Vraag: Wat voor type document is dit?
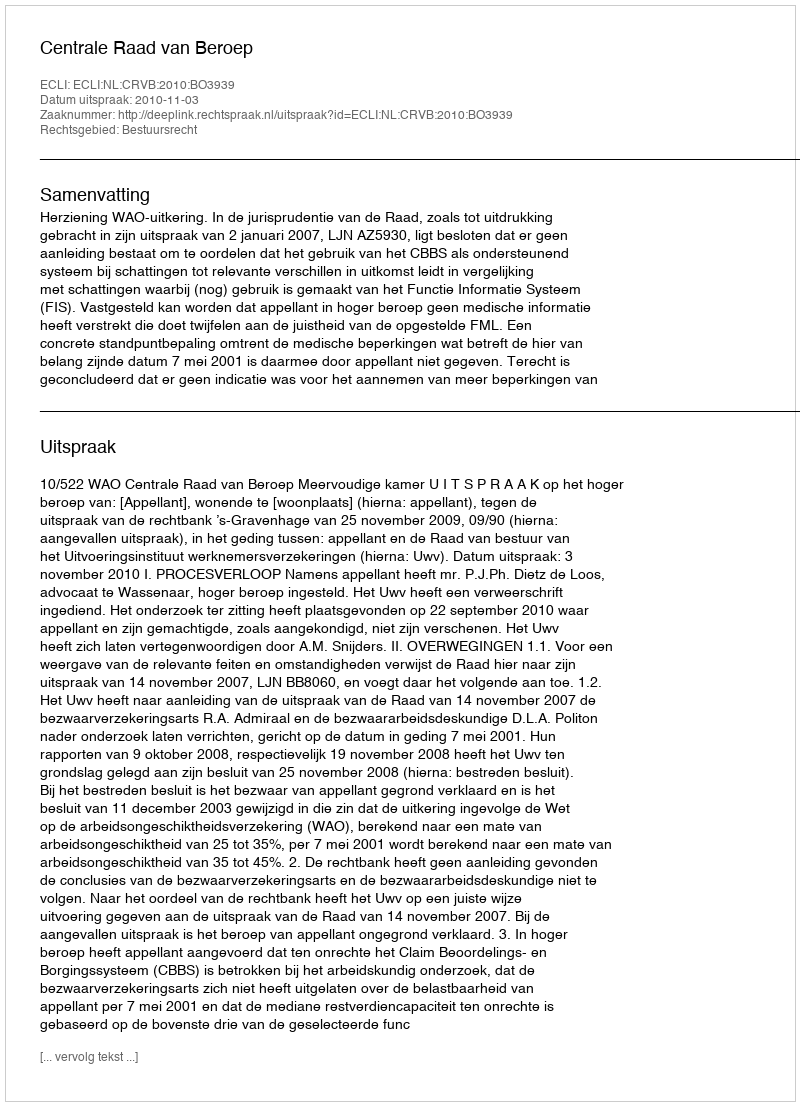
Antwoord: Uitspraak